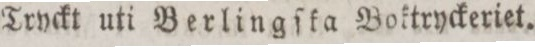
Tryckt uti Berlingſka Boktryckeriet.